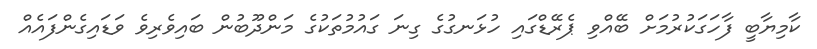
ކާމިޔާބީ ފާހަގަކުރުމަށް ބޭއްވި ޕެރޭޑްގައި ހުޅަނގުގެ ގިނަ ގައުމުތަކުގެ މަންދޫބުން ބައިވެރިވެ ވަޑައިގެންފައެއް